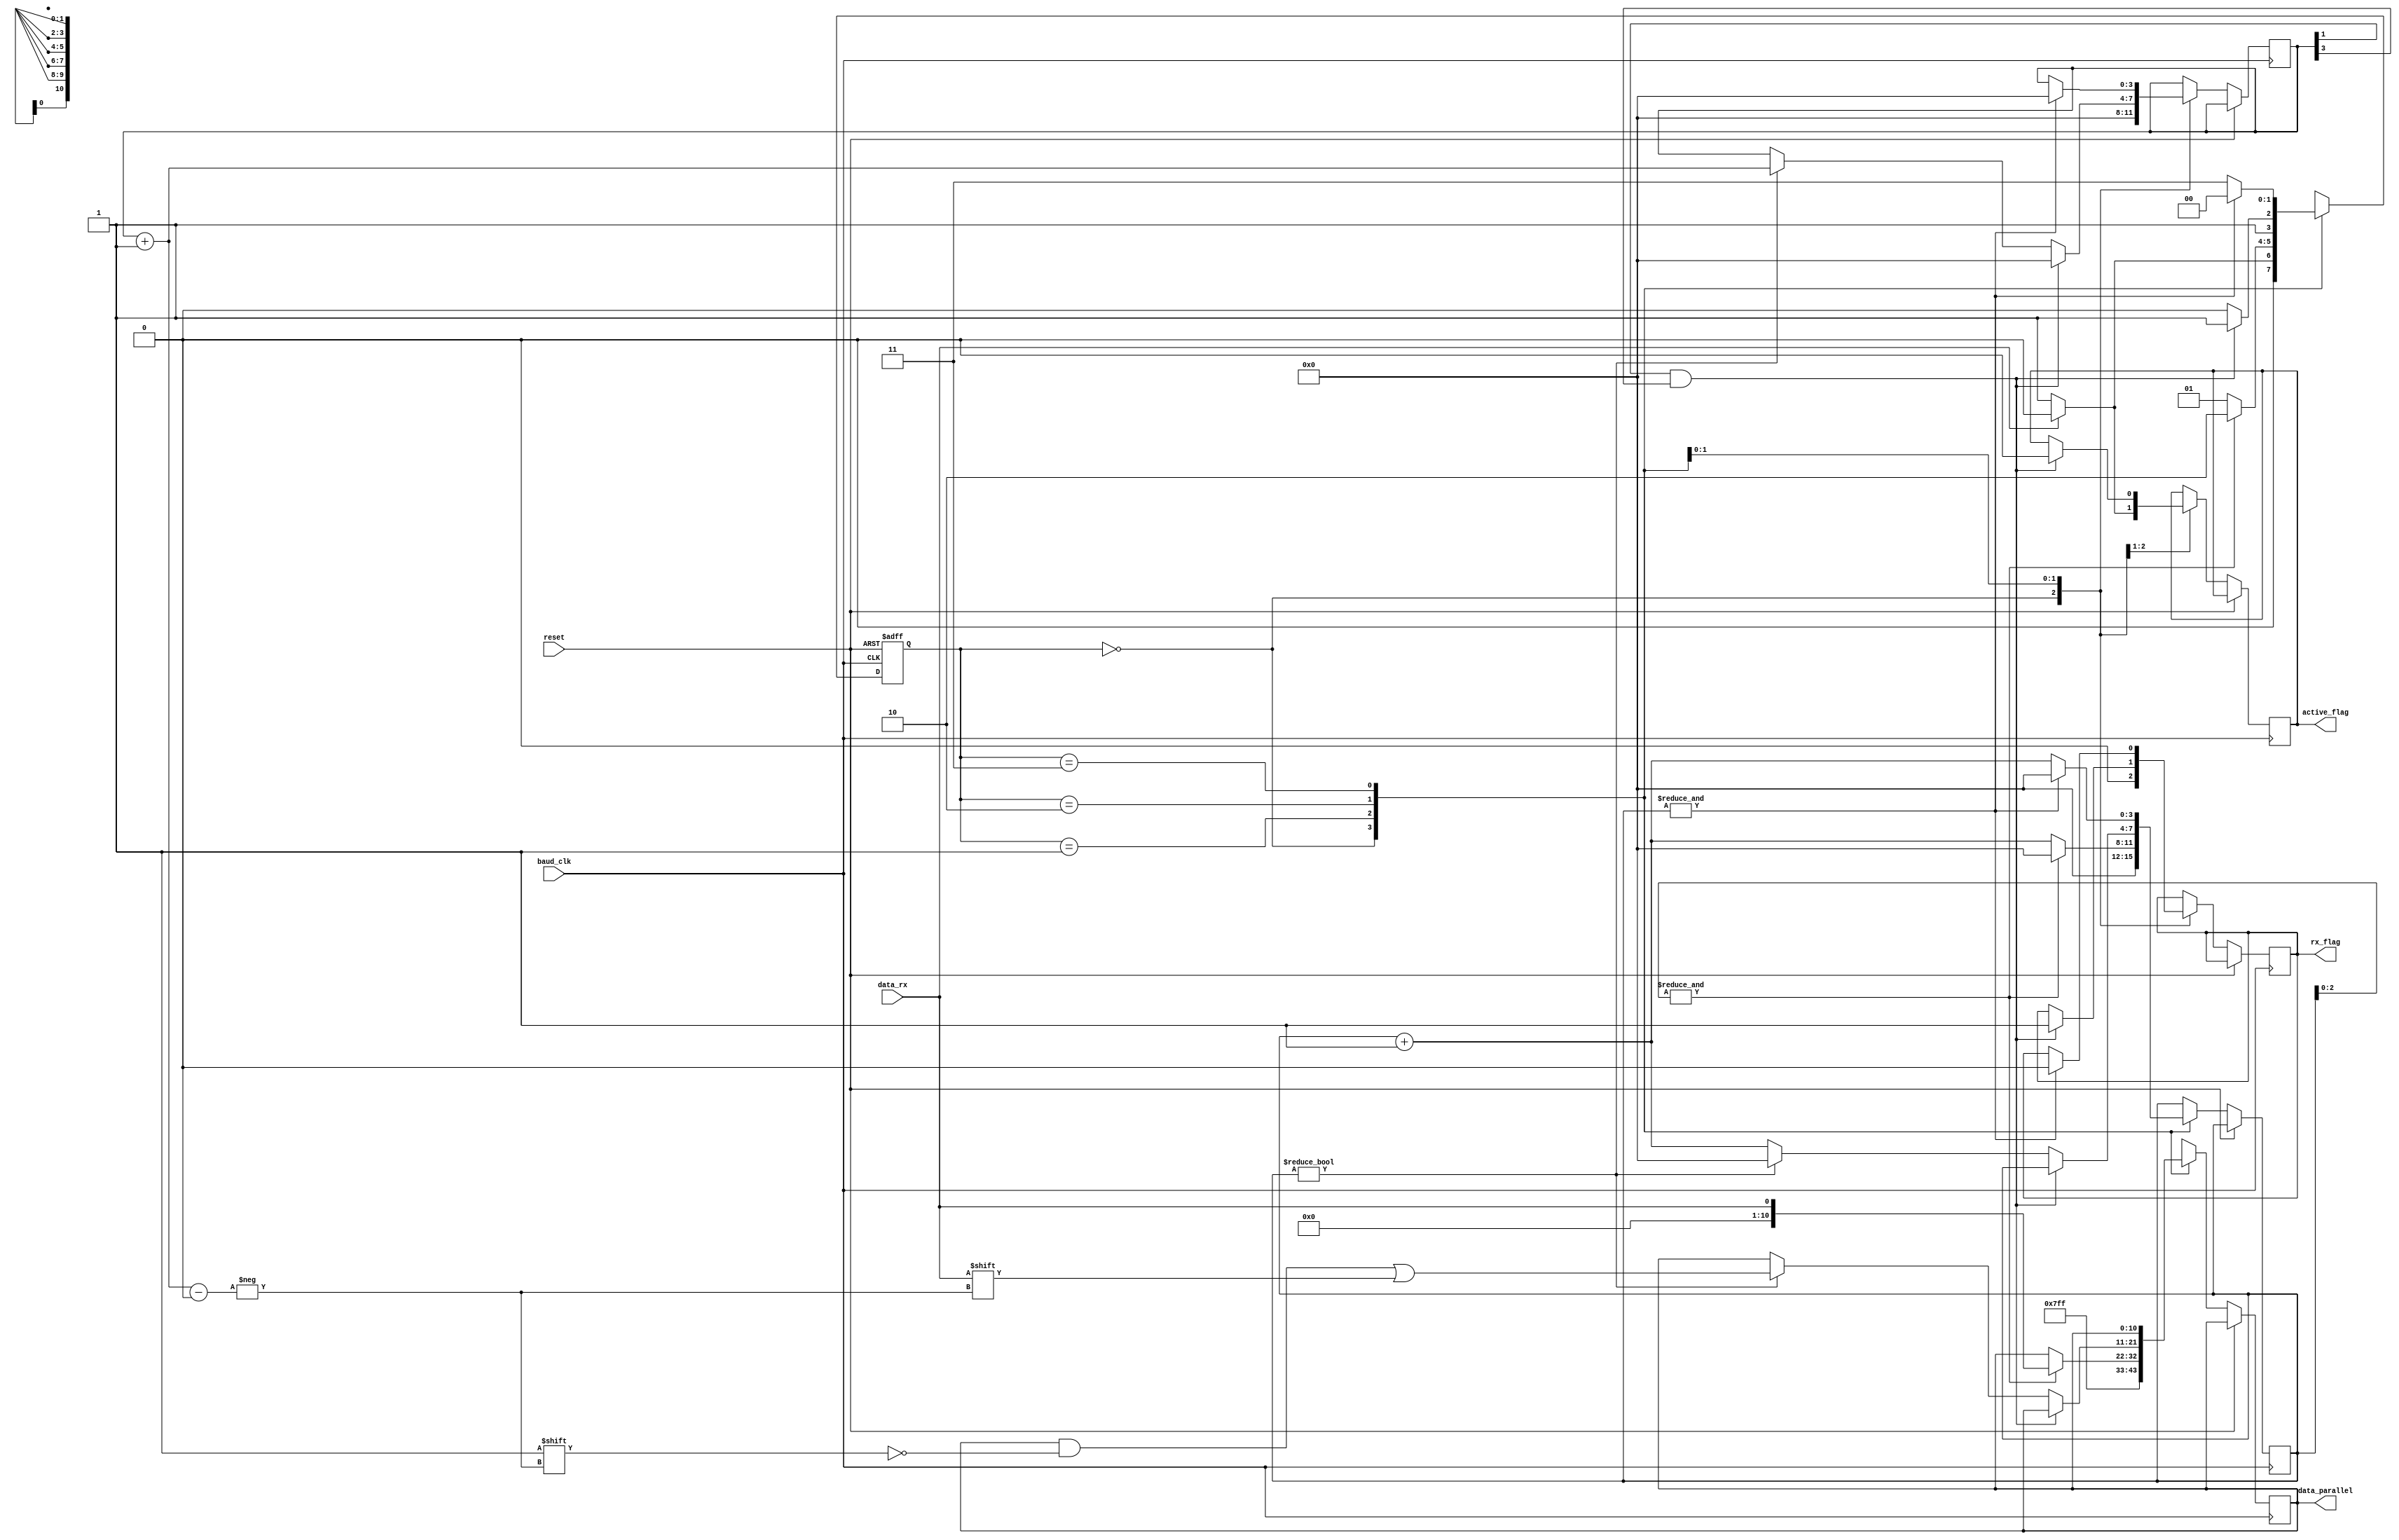
module SIPO(
input reset,
input data_rx,
input baud_clk,

output reg active_flag,
output reg rx_flag,
output reg [10:0] data_parallel
);

reg [3:0] frame_counter;
reg [3:0] stop_count;
reg [1:0] next_state;

localparam   IDLE   = 2'b00,
				 CENTER = 2'b01,
				 FRAME  = 2'b10,
				 HOLD   = 2'b11;
				 
always @ (posedge baud_clk, posedge reset)
begin
if (reset)
		next_state <= IDLE;
	else
	begin
		case (next_state)
		IDLE:
			begin
				data_parallel <= {11{1'b1}};
				active_flag   <= 1'b0;
				rx_flag       <= 1'b0;
				stop_count    <= 4'd0;
				frame_counter <= 4'd0;
				
				if (~data_rx)
				begin
					next_state  <= CENTER;
					active_flag <= 1'b1;
				end
				else
				begin
					next_state  <= IDLE;
					active_flag <= 1'b0;
				end
			end
		CENTER:
			begin
			if (&stop_count[2:0])
				begin
				data_parallel   <= data_rx;
				stop_count      <= 4'd0;
				next_state      <= FRAME;
				end
			else
				begin
				stop_count      <= stop_count + 4'd1;
				next_state      <= CENTER;
				end
			end
		FRAME:
			begin
			if (frame_counter[1] && frame_counter[3])
				begin
				frame_counter   <= 4'd0;
				next_state      <= HOLD;
				active_flag     <= 1'b0;
				rx_flag         <= 1'b1;
				end
			else
				begin
				if (stop_count[3:0])
					begin
					data_parallel[frame_counter + 4'd1]   <= data_rx;
					frame_counter   							  <= frame_counter + 4'd1;
				   next_state   							     <= FRAME;
					stop_count                            <= 4'd0;
					end
				else
					begin
					stop_count      <= stop_count + 4'd1;
					next_state      <= FRAME;
					end
				end
			end
		HOLD:
			begin
			if (&stop_count[3:0])
				begin
				data_parallel   <= data_parallel;
				frame_counter   <= 4'd0;
				next_state      <= IDLE;
				stop_count      <= 4'd0;
				rx_flag         <= 1'b0;
				end
			else
				begin
				stop_count      <= stop_count + 4'd1;
				next_state      <= HOLD;
				end
			end
		default:
			next_state        <= IDLE;
		endcase
	end
end
endmodule